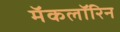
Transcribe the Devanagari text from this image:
मॅकलॉरिन